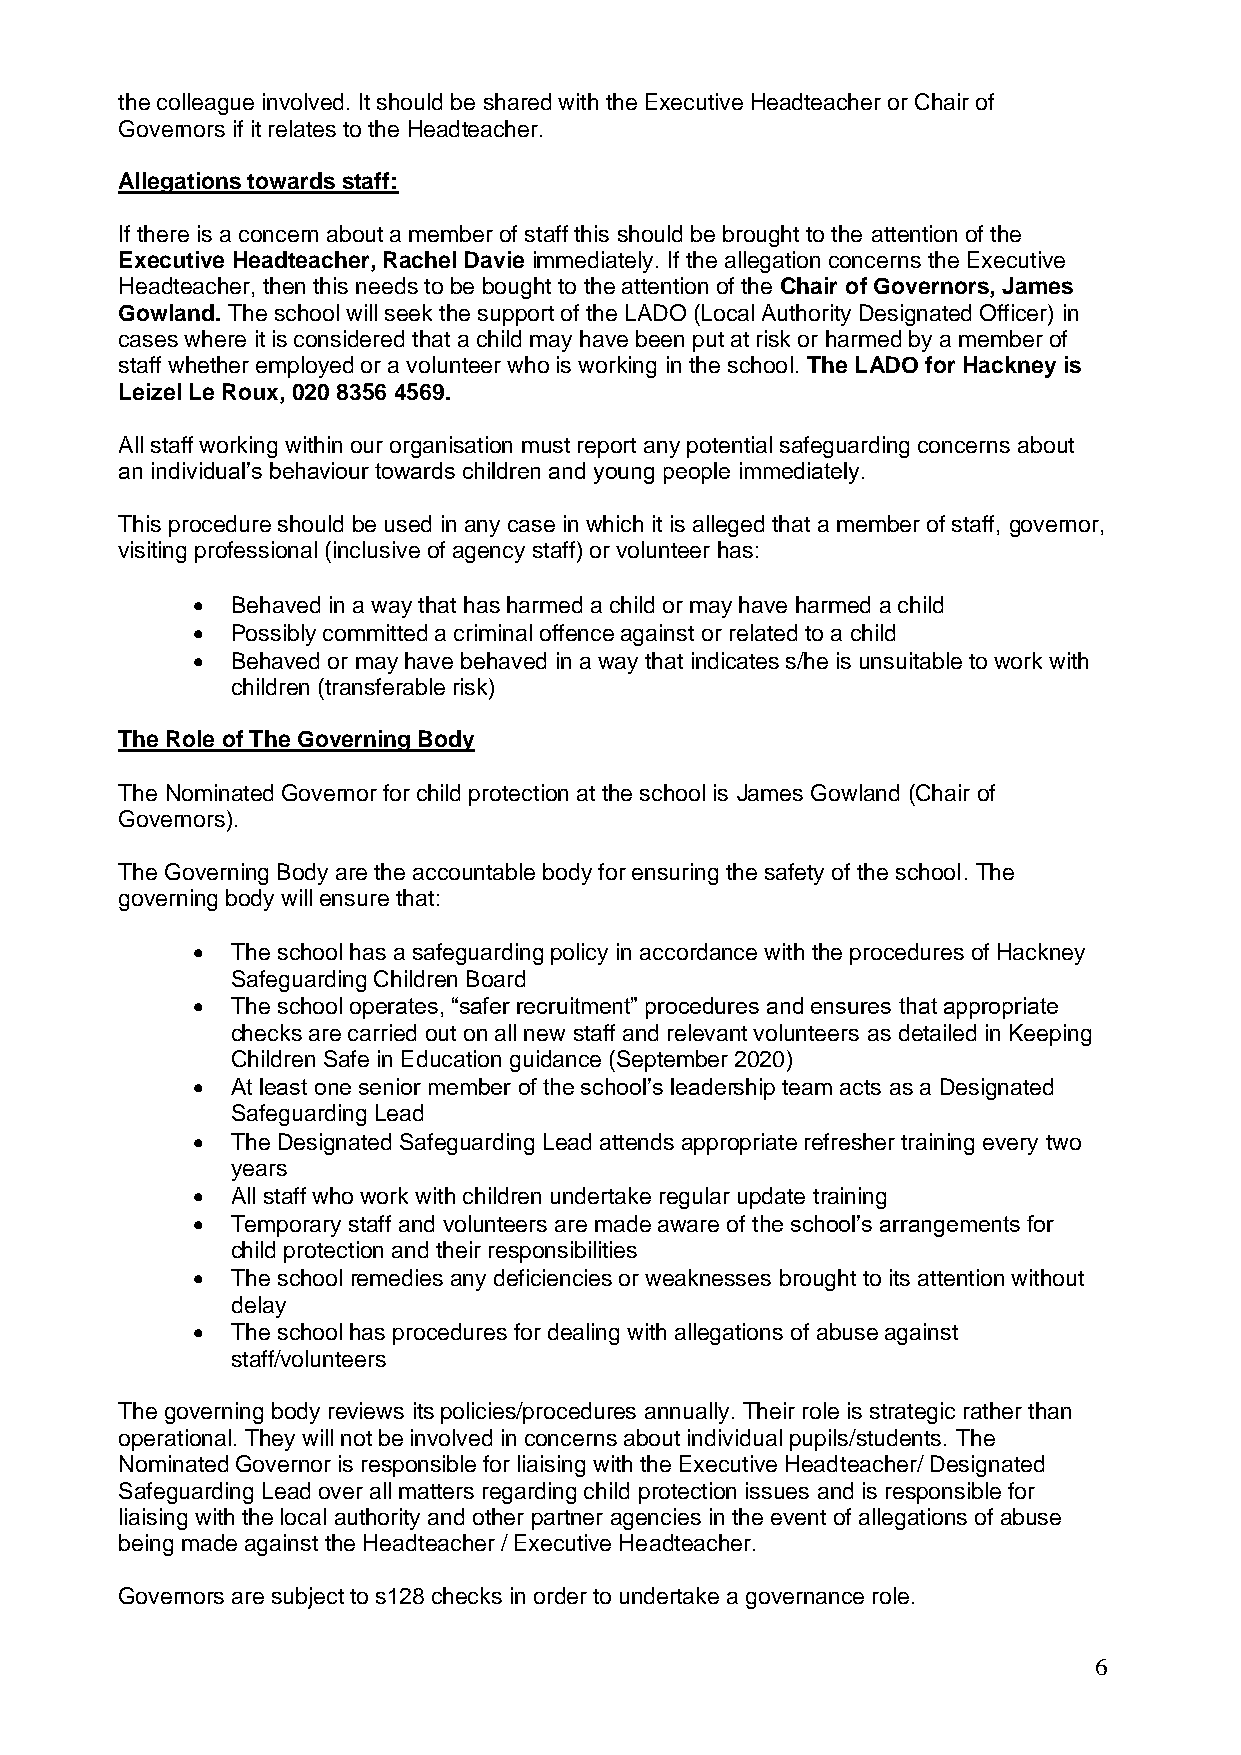
the colleague involved. It should be shared with the Executive Headteacher or Chair of
 Governors if it relates to the Headteacher.
 Allegations towards staff:
 If there is a concern about a member of staff this should be brought to the attention of the
 Executive Headteacher, Rachel Davie immediately. If the allegation concerns the Executive
 Headteacher, then this needs to be bought to the attention of the Chair of Governors, James
 Gowland. The school will seek the support of the LADO (Local Authority Designated Officer) in
 cases where it is considered that a child may have been put at risk or harmed by a member of
 staff whether employed or a volunteer who is working in the school. The LADO for Hackney is
 Leizel Le Roux, 020 8356 4569.
 All staff working within our organisation must report any potential safeguarding concerns about
 an individual’s behaviour towards children and young people immediately.
 This procedure should be used in any case in which it is alleged that a member of staff, governor,
 visiting professional (inclusive of agency staff) or volunteer has:
  Behaved in a way that has harmed a child or may have harmed a child
  Possibly committed a criminal offence against or related to a child
  Behaved or may have behaved in a way that indicates s/he is unsuitable to work with
 children (transferable risk)
 The Role of The Governing Body
 The Nominated Governor for child protection at the school is James Gowland (Chair of
 Governors).
 The Governing Body are the accountable body for ensuring the safety of the school. The
 governing body will ensure that:
  The school has a safeguarding policy in accordance with the procedures of Hackney
 Safeguarding Children Board
  The school operates, “safer recruitment” procedures and ensures that appropriate
 checks are carried out on all new staff and relevant volunteers as detailed in Keeping
 Children Safe in Education guidance (September 2020)
  At least one senior member of the school’s leadership team acts as a Designated
 Safeguarding Lead
  The Designated Safeguarding Lead attends appropriate refresher training every two
 years
  All staff who work with children undertake regular update training
  Temporary staff and volunteers are made aware of the school’s arrangements for
 child protection and their responsibilities
  The school remedies any deficiencies or weaknesses brought to its attention without
 delay
  The school has procedures for dealing with allegations of abuse against
 staff/volunteers
 The governing body reviews its policies/procedures annually. Their role is strategic rather than
 operational. They will not be involved in concerns about individual pupils/students. The
 Nominated Governor is responsible for liaising with the Executive Headteacher/ Designated
 Safeguarding Lead over all matters regarding child protection issues and is responsible for
 liaising with the local authority and other partner agencies in the event of allegations of abuse
 being made against the Headteacher / Executive Headteacher.
 Governors are subject to s128 checks in order to undertake a governance role.
 6